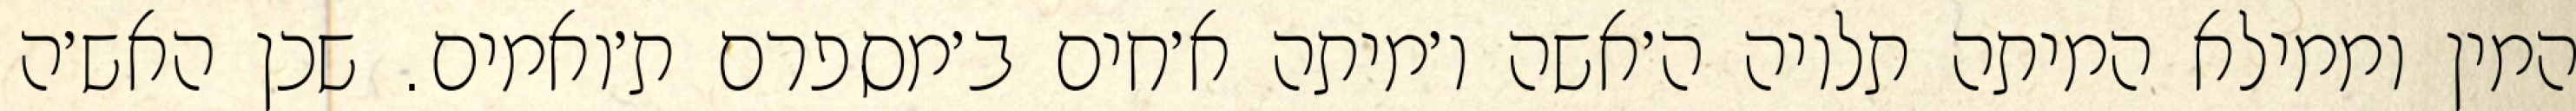
המין וממילא המיתה תלויה ה׳אשה ו׳מיתה א׳חים ב׳מספרם ת׳ואמים. שכן האש׳ה